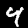
Digit: 4